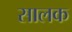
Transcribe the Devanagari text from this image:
सालक